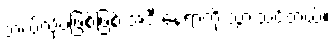
ဘယ်လိုပဲဖြစ်ဖြစ် အဲဒီ နေရာကို သွားသင့်တယ်။